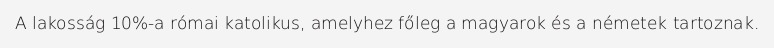
A lakosság 10%-a római katolikus, amelyhez főleg a magyarok és a németek tartoznak.